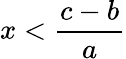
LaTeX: x<\frac{c-b}{a}